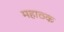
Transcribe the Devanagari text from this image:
महाठक